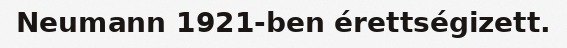
Neumann 1921-ben érettségizett.